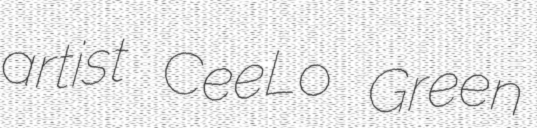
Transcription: artist CeeLo Green